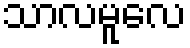
သာလမူလေ